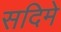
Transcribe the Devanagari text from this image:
सदिमे